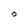
Character: 0